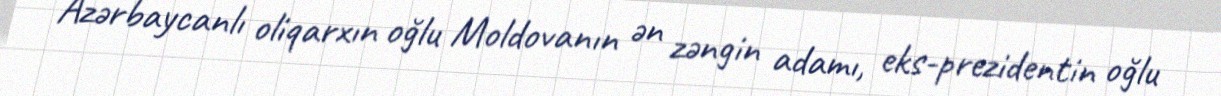
Azərbaycanlı oliqarxın oğlu Moldovanın ən zəngin adamı, eks-prezidentin oğlu